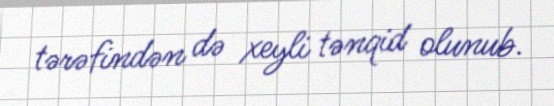
tərəfindən də xeyli tənqid olunub.